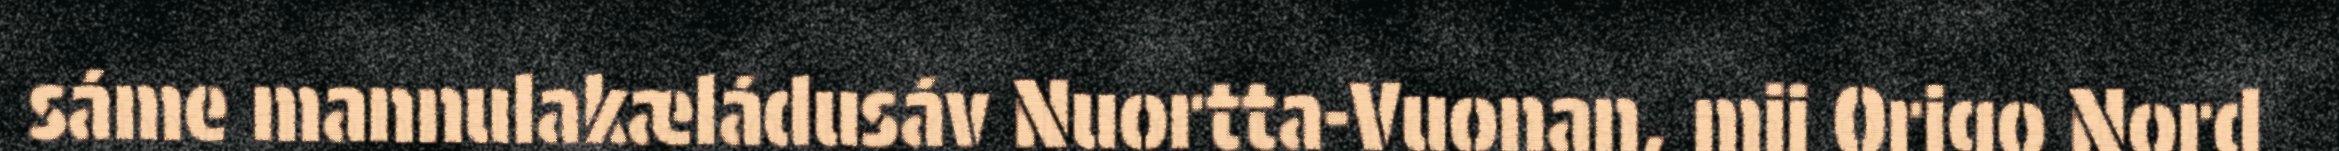
sáme mannulakæládusáv Nuortta-Vuonan, mij Origo Nord